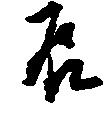
辰